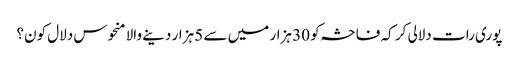
پوری رات دلالی کر کہ فاحشہ کو 30 ہزار میں سے 5 ہزار دینے والا منحوس دلال کون؟